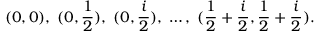
( 0 , 0 ) , \; ( 0 , \frac { 1 } { 2 } ) , \; ( 0 , \frac { i } { 2 } ) , \; \ldots , \; ( \frac { 1 } { 2 } + \frac { i } { 2 } , \frac { 1 } { 2 } + \frac { i } { 2 } ) .